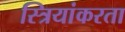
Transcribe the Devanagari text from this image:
स्त्रियांकरता